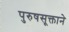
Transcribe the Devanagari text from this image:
पुरुषसूक्ताने